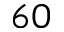
6 0